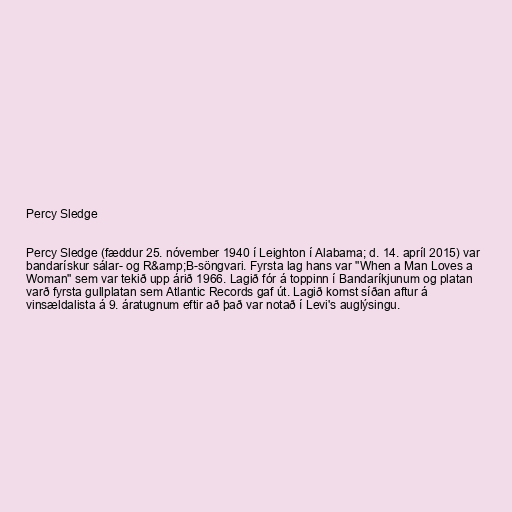
Percy Sledge

Percy Sledge (fæddur 25. nóvember 1940 í Leighton í Alabama; d. 14. apríl 2015) var
bandarískur sálar- og R&amp;B-söngvari. Fyrsta lag hans var "When a Man Loves a
Woman" sem var tekið upp árið 1966. Lagið fór á toppinn í Bandaríkjunum og platan
varð fyrsta gullplatan sem Atlantic Records gaf út. Lagið komst síðan aftur á
vinsældalista á 9. áratugnum eftir að það var notað í Levi's auglýsingu.